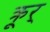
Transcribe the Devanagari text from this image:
क्रूर्